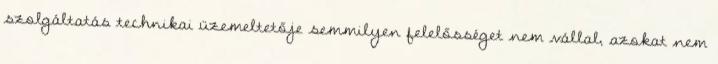
szolgáltatás technikai üzemeltetője semmilyen felelősséget nem vállal, azokat nem